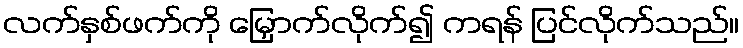
လက်နှစ်ဖက်ကို မြှောက်လိုက်၍ ကရန် ပြင်လိုက်သည်။